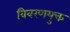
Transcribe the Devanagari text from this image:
विवरणयुक्त